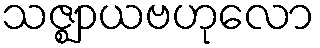
သဇ္ဈာယဗဟုလော